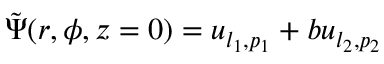
\Tilde { \Psi } ( r , \phi , z = 0 ) = u _ { l _ { 1 } , p _ { 1 } } + b u _ { l _ { 2 } , p _ { 2 } }